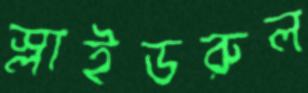
স্লাইডরুল